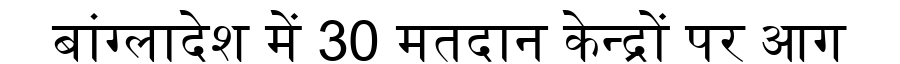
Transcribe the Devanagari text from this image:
बांग्लादेश में 30 मतदान केन्द्रों पर आग